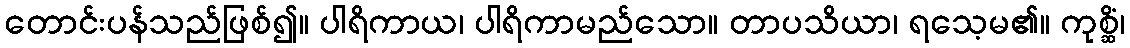
တောင်းပန်သည်ဖြစ်၍။ ပါရိကာယ၊ ပါရိကာမည်သော။ တာပသိယာ၊ ရသေ့မ၏။ ကုစ္ဆိံ၊